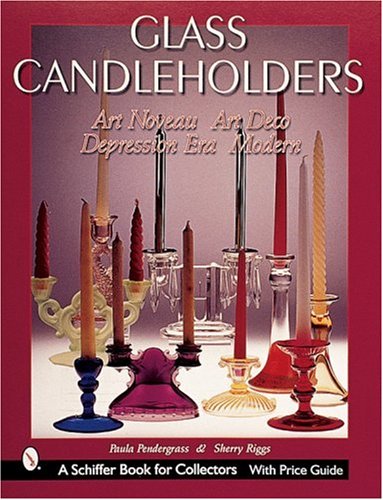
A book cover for Glass Candle Holders: Art Nouveau, Art Deco, Depression Era, Modern (Schiffer Military History); Paula Pendergrass; Crafts, Hobbies & Home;